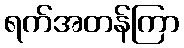
ရက်အတန်ကြာ